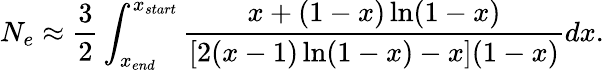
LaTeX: N_{e}\approx\frac{3}{2}\int_{x_{end}}^{x_{start}}\frac{x+(1-x)\ln(1-x)}{[2(x-1)\ln(1-x)-x](1-x)}dx.